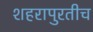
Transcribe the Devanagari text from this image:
शहरापुरतीच